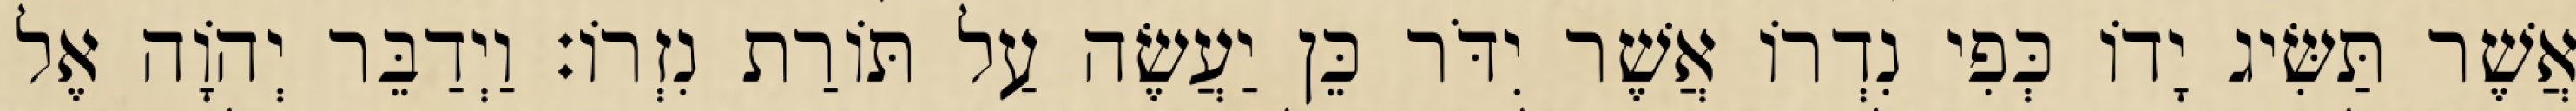
אֲשֶׁר תַּשִּׂיג יָדוֹ כְּפִי נִדְרוֹ אֲשֶׁר יִדֹּר כֵּן יַעֲשֶׂה עַל תּוֹרַת נִזְרוֹ׃ וַיְדַבֵּר יְהוָֹה אֶל